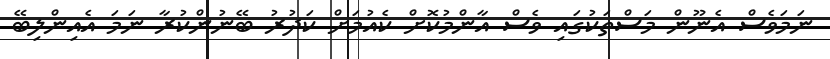
ނަމަވެސް އެނޫން މަސްތަކުގައި ވެސް އާންމުކޮށް ކެއުމަށް ކަދުރު ބޭނުންކުރާ ނަމަ އެއިންލިބޭ